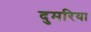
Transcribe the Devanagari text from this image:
दुमरिया